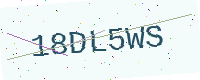
Text: 18DL5WS